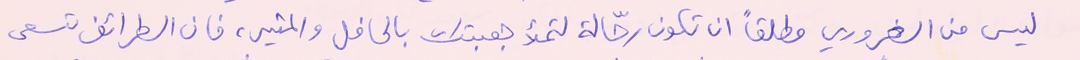
ليس من الضروري مطلقاً ان تكون رحّالة لتملأ جعبتك بالحافل والمثير، فان الطرائف تسعى